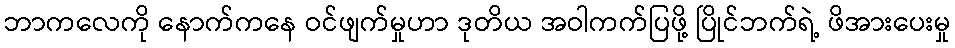
ဘာကလေကို နောက်ကနေ ဝင်ဖျက်မှုဟာ ဒုတိယ အဝါကက်ပြဖို့ ပြိုင်ဘက်ရဲ့ ဖိအားပေးမှု